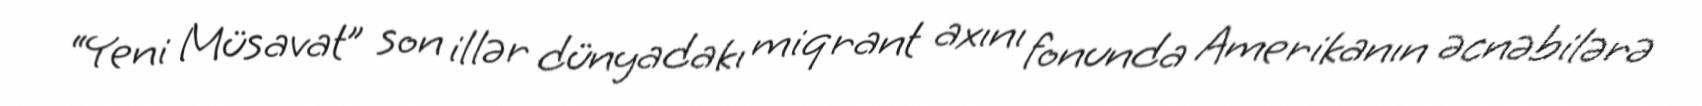
“Yeni Müsavat” son illər dünyadakı miqrant axını fonunda Amerikanın əcnəbilərə